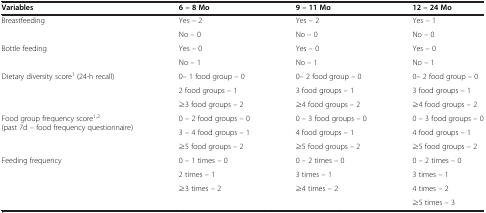
| Variables | 6 – 8 Mo | 9 – 11 Mo | 12 – 24 Mo |
 | --- | --- | --- | --- |
 | <ROWSPAN=2> Breastfeeding | Yes – 2 | Yes – 2 | Yes – 1 |
 | No – 0 | No – 0 | No – 0 |
 | <ROWSPAN=2> Bottle feeding | Yes – 0 | Yes – 0 | Yes – 0 |
 | No – 1 | No – 1 | No – 1 |
 | <ROWSPAN=3> Dietary diversity score1 (24-h recall) | 0– 1 food group – 0 | 0– 2 food group – 0 | 0– 2 food group – 0 |
 | 2 food groups – 1 | 3 food groups – 1 | 3 food groups – 1 |
 | ≥3 food groups – 2 | ≥4 food groups – 2 | ≥4 food groups – 2 |
 | <ROWSPAN=3> Food group frequency score1,2 (past 7d – food frequency questionnaire) | 0 – 2 food groups – 0 | 0 – 3 food groups – 0 | 0 – 3 food groups – 0 |
 | 3 – 4 food groups – 1 | 4 food groups – 1 | 4 food groups – 1 |
 | ≥5 food groups – 2 | ≥5 food groups – 2 | ≥5 food groups – 2 |
 | <ROWSPAN=4> Feeding frequency | 0 – 1 times – 0 | 0 – 2 times – 0 | 0 – 2 times – 0 |
 | 2 times – 1 | 3 times – 1 | 3 times – 1 |
 | ≥3 times – 2 | ≥4 times – 2 | 4 times – 2 |
 |  |  | ≥5 times – 3 |